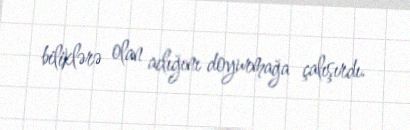
biliklərə olan aclığını doyurmağa çalışırdı.